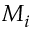
M _ { i }